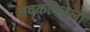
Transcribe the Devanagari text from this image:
नवकवितेला